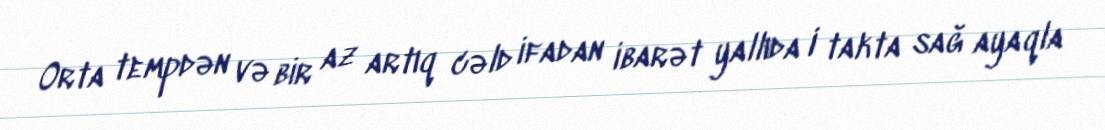
Orta tempdən və bir az artıq cəld ifadan ibarət yallıda I takta sağ ayaqla